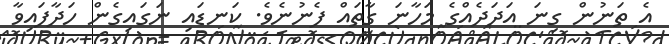
އެ ތަނުން ގިނަ އަދަދެއްގެ މަހާނަ ގާތައް ފެނުނެވެ. ކަނޑައި ނަގައިގެން ހަދާފައިވާ